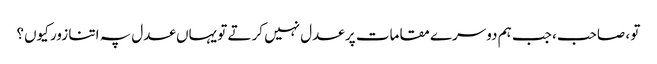
تو ، صاحب، جب ہم دوسرے مقامات پر عدل نہیں کرتے تو یہاں عدل پہ اتنا زور کیوں؟